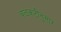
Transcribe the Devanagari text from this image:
बळकटीनुसार